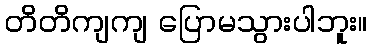
တိတိကျကျ ပြောမသွားပါဘူး။